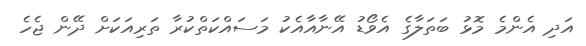
އަދި އެންމެ މޮޅު ބަތަލާގެ އެވޯޑު އޭނާއާއެކު މަސައްކަތްކުރާ ތަރިއަކަށް ދޭން ޖެހެ